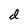
Character: d